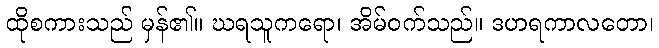
ထိုစကားသည် မှန်၏။ ဃရသူကရော၊ အိမ်ဝက်သည်။ ဒဟရကာလတော၊